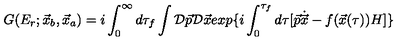
G ( E _ { r } ; \vec { x } _ { b } , \vec { x } _ { a } ) = i \int _ { 0 } ^ { \infty } d \tau _ { f } \int { \cal D } \vec { p } { \cal D } \vec { x } e x p \{ i \int _ { 0 } ^ { \tau _ { f } } d \tau [ \vec { p } \dot { \vec { x } } - f ( \vec { x } ( \tau ) ) H ] \}